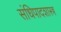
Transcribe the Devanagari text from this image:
संधिपादशास्त्र